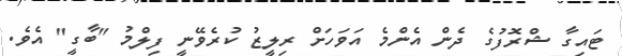
ޓައިގާ ޝްރޮފުގެ ދެން އެންމެ އަވަހަށް ރިލީޒު ކުރެވޭނީ ފިލްމު "ބާގީ" އެވެ.